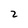
Character: 2